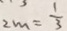
2 m = \frac { 1 } { 3 }